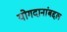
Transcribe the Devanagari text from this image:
योगदानांबद्दल